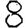
Digit: 8